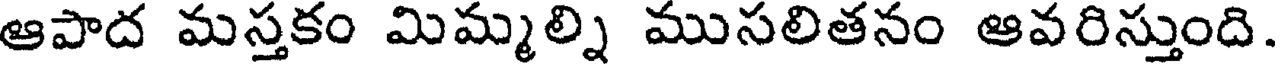
ఆపాద మస్తకం మిమ్మల్ని ముసలితనం ఆవరిస్తుంది.